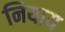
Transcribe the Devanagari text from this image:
नियाय